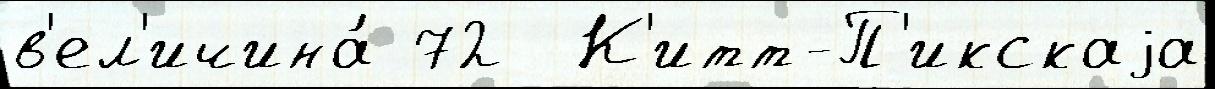
в'ел'ичина́ 72  К'итт-П'икскаjа